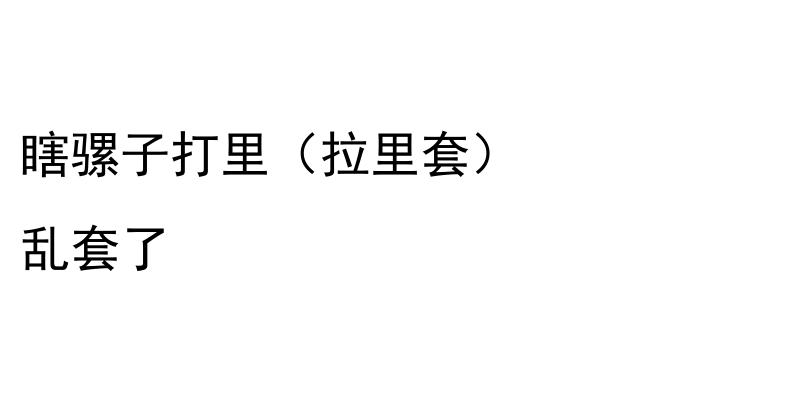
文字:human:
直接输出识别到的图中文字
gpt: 瞎骡子打里（拉里套） 乱套了